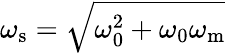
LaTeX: \omega_{\mathrm{s}}=\sqrt{\omega_{\mathrm{0}}^{2}+\omega_{\mathrm{0}}\omega_{\mathrm{m}}}